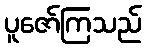
ပူဇော်ကြသည်